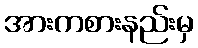
အားကစားနည်းမှ